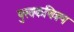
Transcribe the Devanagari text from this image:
पुस्तकचित्रण